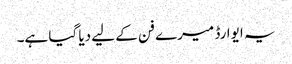
یہ ایوارڈ میرے فن کے لیے دیا گیا ہے۔